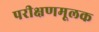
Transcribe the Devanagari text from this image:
परीक्षणमूलक